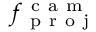
f _ { \mathrm { ~ p ~ r ~ o ~ j ~ } } ^ { \mathrm { ~ c ~ a ~ m ~ } }